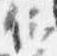
仰